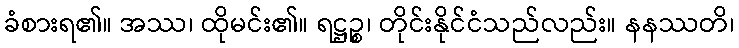
ခံစားရ၏။ အဿ၊ ထိုမင်း၏။ ရဋ္ဌဉ္စ၊ တိုင်းနိုင်ငံသည်လည်း။ နနဿတိ၊